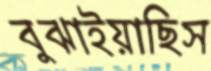
বুঝাইয়াছিস